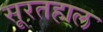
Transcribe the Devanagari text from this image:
सूरतहाल